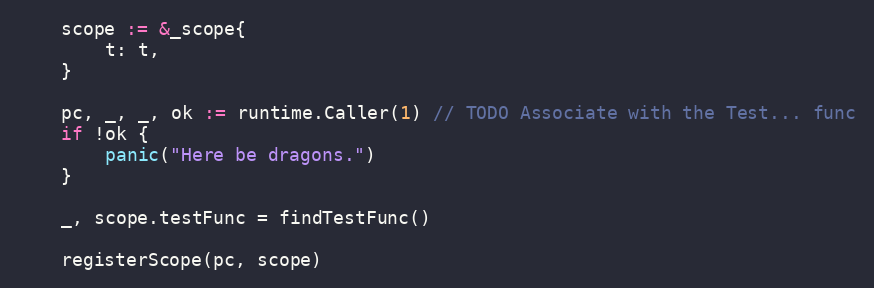
Language: Go
	scope := &_scope{
		t: t,
	}

	pc, _, _, ok := runtime.Caller(1) // TODO Associate with the Test... func
	if !ok {
		panic("Here be dragons.")
	}

	_, scope.testFunc = findTestFunc()

	registerScope(pc, scope)